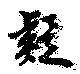
疑